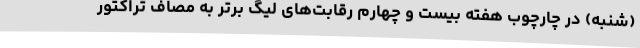
(شنبه) در چارچوب هفته بیست و چهارم رقابت‌های لیگ برتر به مصاف تراکتور